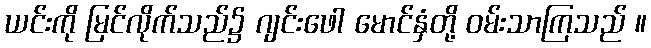
ယင်းကို မြင်လိုက်သည်၌ ဂျင်းဖေါ မောင်နှံတို့ ဝမ်းသာကြသည် ။